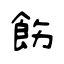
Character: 飭